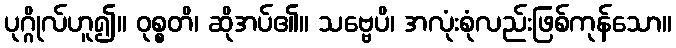
ပုဂ္ဂိုလ်ဟူ၍။ ဝုစ္စတိ၊ ဆိုအပ်၏။ သဗ္ဗေပိ၊ အလုံးစုံလည်းဖြစ်ကုန်သော။